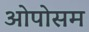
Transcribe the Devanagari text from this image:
ओपोसम